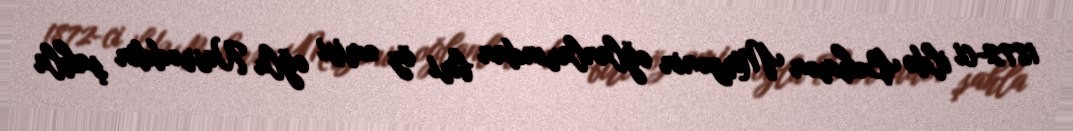
1872-ci ildə Bəhmən Mirzənin oğlanlarından biri öz əmisi oğlu Nəsrəddin şahla